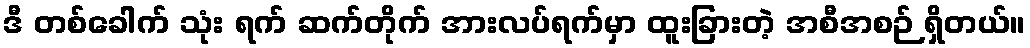
ဒီ တစ်ခေါက် သုံး ရက် ဆက်တိုက် အားလပ်ရက်မှာ ထူးခြားတဲ့ အစီအစဉ် ရှိတယ်။